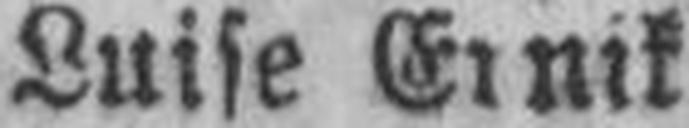
Luise Ernik